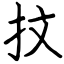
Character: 抆